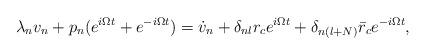
LaTeX: \begin{align*}\lambda_n v_{n}+p_{n}(e^{i \Omega t}+e^{-i \Omega t})=\dot{v}_{n}+\delta_{n l} r_c e^{i \Omega t}+\delta_{n (l+N)} \bar{r}_c e^{-i \Omega t},\end{align*}